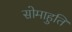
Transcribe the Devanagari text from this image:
सोमाहुति